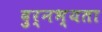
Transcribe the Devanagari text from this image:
दुर्नभ्यता